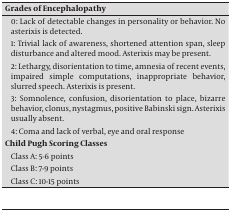
<table><thead><tr><td><b>Grades of Encephalopathy</b></td></tr></thead><tbody><tr><td>0: Lack of detectable changes in personality or behavior. No asterixis is detected.</td></tr><tr><td>1: Trivial lack of awareness, shortened attention span, sleep disturbance and altered mood. Asterixis may be present.</td></tr><tr><td>2: Lethargy, disorientation to time, amnesia of recent events, impaired simple computations, inappropriate behavior, slurred speech. Asterixis is present.</td></tr><tr><td>3: Somnolence, confusion, disorientation to place, bizarre behavior, clonus, nystagmus, positive Babinski sign. Asterixis usually absent.</td></tr><tr><td>4: Coma and lack of verbal, eye and oral response</td></tr><tr><td><b>Child Pugh Scoring Classes</b></td></tr><tr><td>Class A: 5-6 points</td></tr><tr><td>Class B: 7-9 points</td></tr><tr><td>Class C: 10-15 points</td></tr></tbody></table>